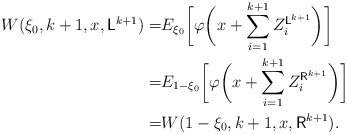
\begin{align*}\begin{aligned}W(\xi_0,k+1,x,\mathsf{L}^{k+1})=&E_{\xi_0}\biggl[\varphi\biggl(x+\sum_{i=1}^{k+1} Z_i^{\mathsf{L}^{k+1}}\biggr)\biggr]\\=&E_{1-\xi_0}\biggl[\varphi\biggl(x+\sum_{i=1}^{k+1} Z_i^{\mathsf{R}^{k+1}}\biggr)\biggr]\\=&W(1-\xi_0,k+1,x,\mathsf{R}^{k+1}).\end{aligned}\end{align*}